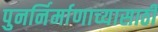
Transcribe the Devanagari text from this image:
पुनर्निर्माणाच्यासाठी